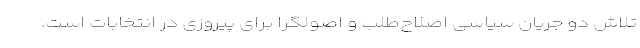
تلاش دو جریان سیاسی اصلاح‌طلب و اصولگرا برای پیروزی در انتخابات است.